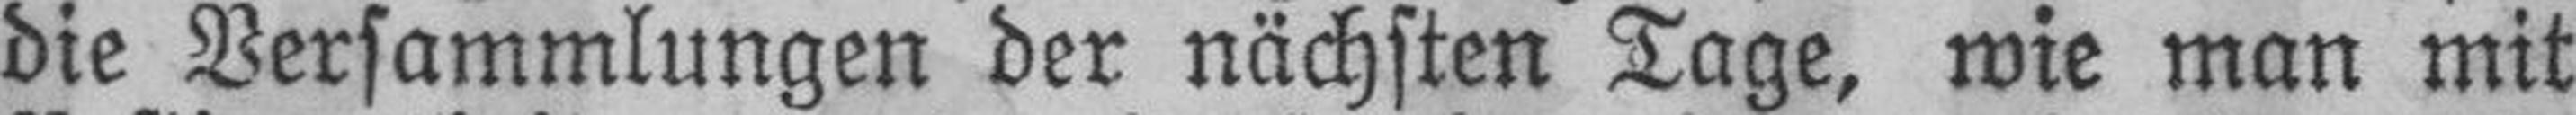
die Versammlungen der nächsten Tage, wie man mit